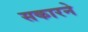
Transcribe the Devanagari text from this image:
सकारने